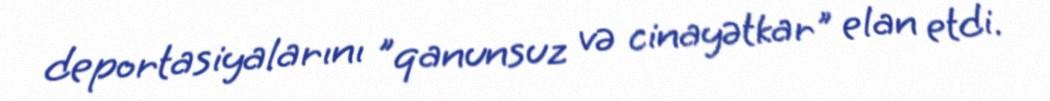
deportasiyalarını "qanunsuz və cinayətkar" elan etdi.